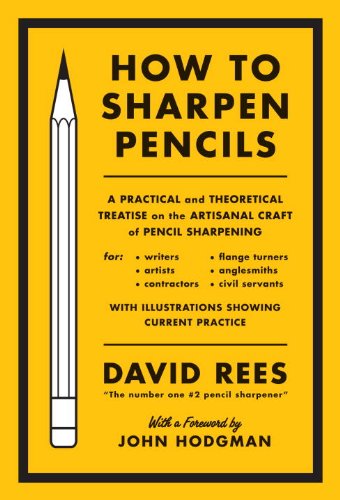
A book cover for How to Sharpen Pencils: A Practical & Theoretical Treatise on the Artisanal Craft of Pencil Sharpening for Writers, Artists, Contractors, Flange Turners, Anglesmiths, & Civil Servants; David Rees; Humor & Entertainment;